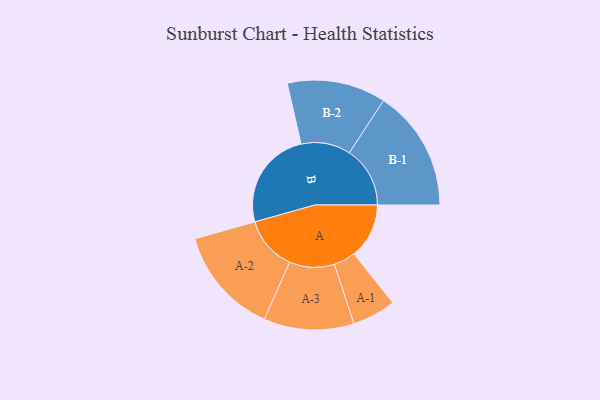
{"axis": {"x": "Segment", "y": "Value"}, "legend": ["", "A", "B"], "data": [{"x": "A", "y": 252, "type": ""}, {"x": "B", "y": 455, "type": ""}, {"x": "A-1", "y": 100, "type": "A"}, {"x": "A-2", "y": 247, "type": "A"}, {"x": "A-3", "y": 206, "type": "A"}, {"x": "B-1", "y": 278, "type": "B"}, {"x": "B-2", "y": 226, "type": "B"}]}